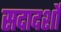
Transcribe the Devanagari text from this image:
सदादर्शों